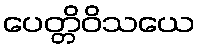
ပေတ္တိဝိသယေ